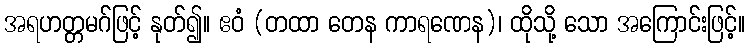
အရဟတ္တမဂ်ဖြင့် နုတ်၍။ ဧဝံ (တထာ တေန ကာရဏေန)၊ ထိုသို့ သော အကြောင်းဖြင့်။